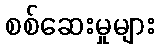
စစ်ဆေးမှုများ